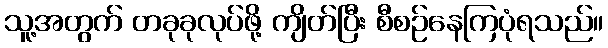
သူ့အတွက် တခုခုလုပ်ဖို့ ကျိတ်ပြီး စီစဉ်နေကြပုံရသည်။